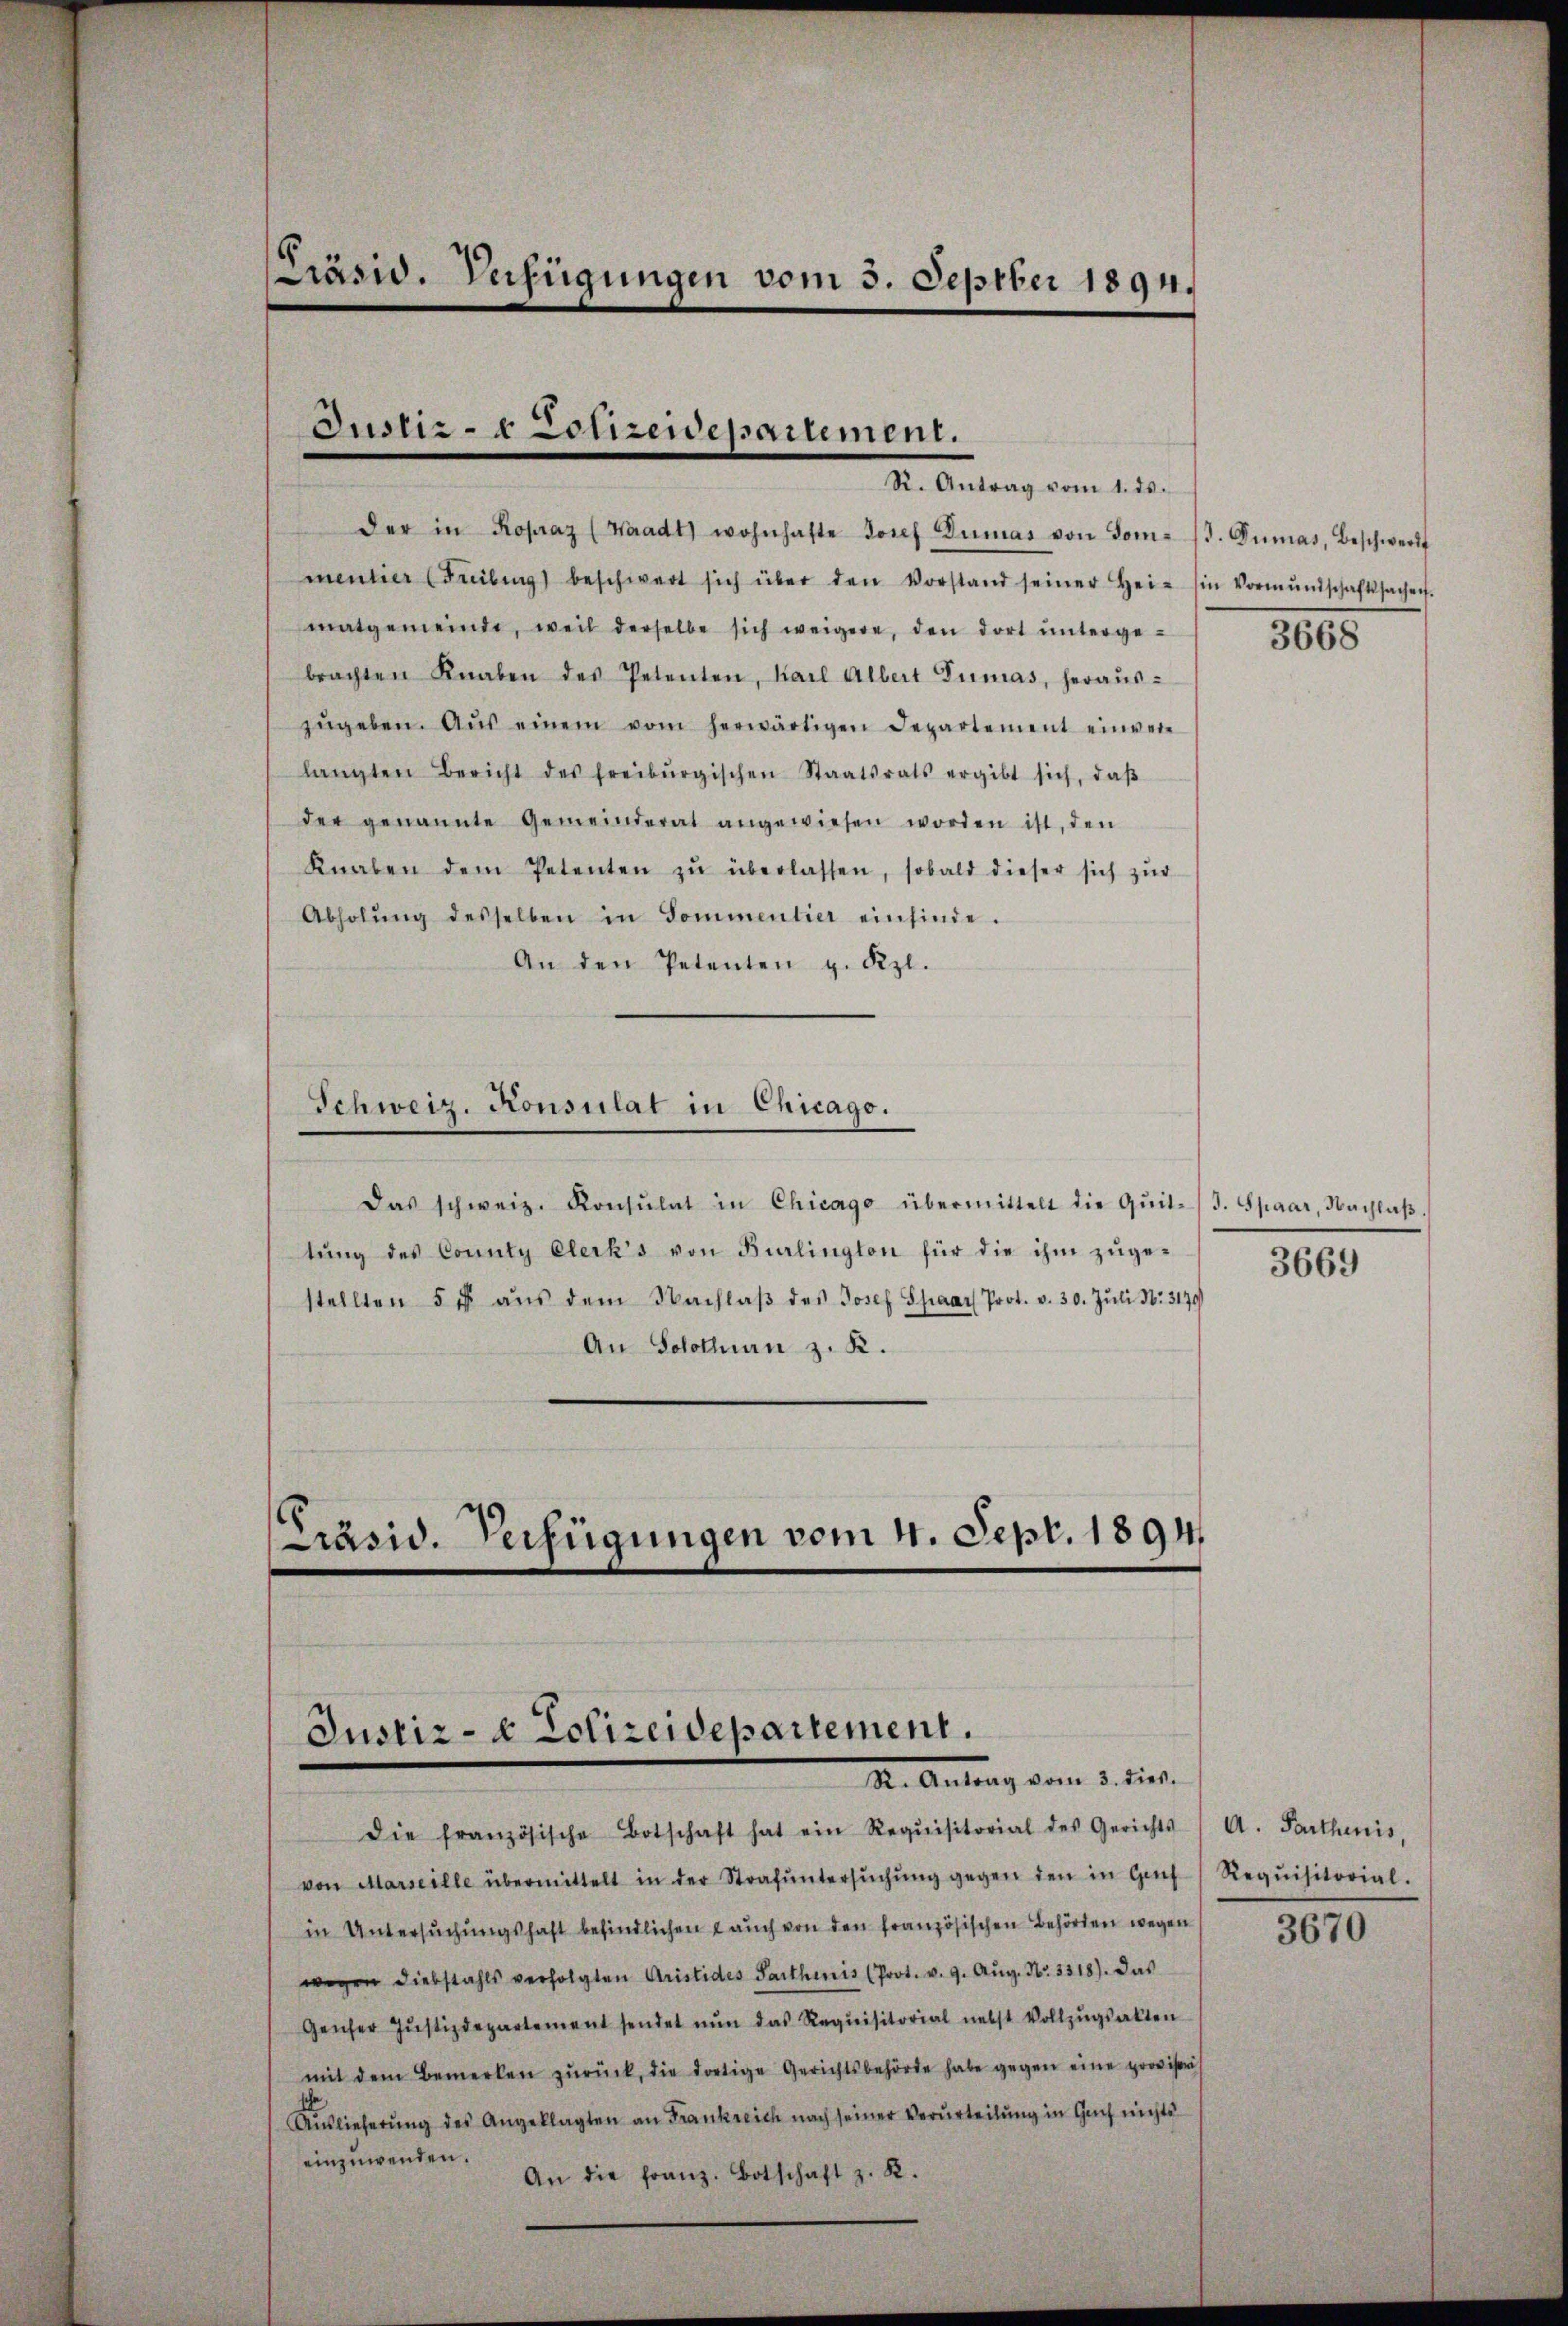
der in Kopraz (Waadt wohnhafte Josef Dumas von Dom- (s. Dumas, Beschwerd
mentier (Fribung beschwert sich über den Vorstand seiner Hei- Ein Vormŭndschaftssachen.
matgemeinde, weil derselbe sich weigere, den dort unterge-
brachten Knaben des Petenten, Karl Albert Dumas, herauszŭgeben. Aus einem vom herwärtigen Departement einverlangten Bericht des freiburgischen Staatsrats ergibt sich, daβ
der genannte Gemeinderat angewiesen worden ist, den
Knaben dem Petenten zŭ überlassen, sobald dieser sich zŭr
Abholŭng desselben in Sommentier einfinde.
An den Petenten v. Szl.

Präsid. Verfügungen vom 3. Septber 1891.

Justiz- & Lotzendepartement.
R. Antrag vom 1. ds.

Schweiz. Konsulat in Chicago.

Das schweiz. Konsulat in Chicago übermittelt die Qŭit-/J. Spaar, Nachlaβ.
tung des County Elerk’s von Burlington für die ihm zugestellten 5 u aŭs dem Nachlaβ des Josef Spaar Prot. v. 30. Jŭli N. 3179
An Solothurn z. K.

Präsid. Verfügungen vom 4. Sept. 1894

Justiz- & Polizeidepartement.
Dr. Antrag vom 3. dies

die französische Botschaft hat ein Requisitorial des Gerichts (A. Parthenis,
von Marseille übermittelt in der Strafŭntersŭchŭng gegen den in Gef
in Untersuchungshaft befindlichen auch von den französischen Behörden wegen
wegen Diebstahls verfolgten Aristides Parthinis (Prot. v. 9. Aŭg. Nr. 3318). Das
Genfer Justizdepartement sendet nun das Requisitorial nebst Vollzugsalten
mit dem Bemerken zŭrück, die dortige Gerichtsbehörde habe gegen eine provisoris
Auslieferŭng des Angeklagten an Frankreich nach seiner Verurteilung in Guch nichts
einzuwenden.
An die franz. Botschaft z. K.

3668

3669

Requisitorial.

3670